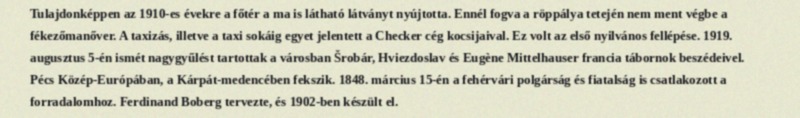
Tulajdonképpen az 1910-es évekre a főtér a ma is látható látványt nyújtotta. Ennél fogva a röppálya tetején nem ment végbe a fékezőmanőver. A taxizás, illetve a taxi sokáig egyet jelentett a Checker cég kocsijaival. Ez volt az első nyilvános fellépése. 1919. augusztus 5-én ismét nagygyűlést tartottak a városban Šrobár, Hviezdoslav és Eugène Mittelhauser francia tábornok beszédeivel. Pécs Közép-Európában, a Kárpát-medencében fekszik. 1848. március 15-én a fehérvári polgárság és fiatalság is csatlakozott a forradalomhoz. Ferdinand Boberg tervezte, és 1902-ben készült el.